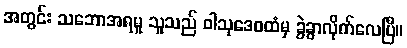
အတွင်း သဘောအရမူ သူသည် ဝါသုဒေဝထံမှ ခွဲခွာလိုက်လေပြီ။